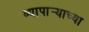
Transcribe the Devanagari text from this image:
व्यापार्‍याच्या